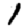
Digit: 1